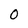
Character: 0